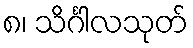
၈၊ သိင်္ဂါလသုတ်